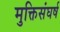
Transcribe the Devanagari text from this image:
मुक्तिसंघर्ष